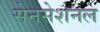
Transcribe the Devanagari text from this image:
सेनसेशनल